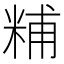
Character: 䊇